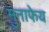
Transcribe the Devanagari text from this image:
मुनाफेय